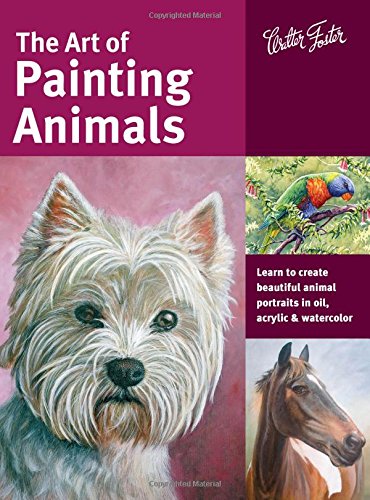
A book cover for The Art of Painting Animals: Learn to create beautiful animal portraits in oil, acrylic, and watercolor (Collector's Series); Maury Aaseng; Arts & Photography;